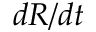
d R / d t